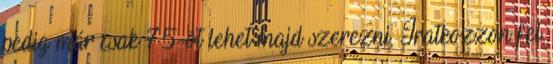
pedig már csak 75-öt lehet majd szerezni. Iratkozzon fel